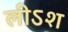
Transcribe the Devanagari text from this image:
लीऽश